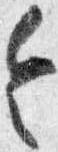
令